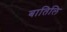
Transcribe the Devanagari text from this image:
बातिलि